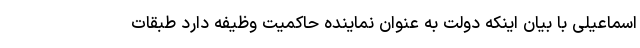
اسماعیلی با بیان اینکه دولت به عنوان نماینده حاکمیت وظیفه دارد طبقات